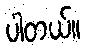
ပါတယ်။